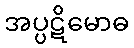
အပ္ပဋိမောဓ